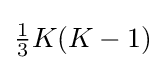
{\tfrac {1}{3}}K(K-1)